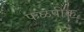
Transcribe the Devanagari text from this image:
फळपीक